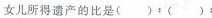
女儿所得遗产的比是( )；( )：